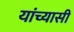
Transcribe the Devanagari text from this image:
यांच्यासी